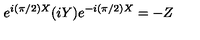
e ^ { i ( { \pi } / { 2 } ) X } ( i Y ) e ^ { - i ( { \pi } / { 2 } ) X } = - Z